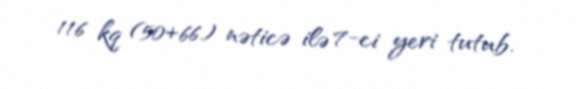
116 kq (50+66) nəticə ilə 7-ci yeri tutub.